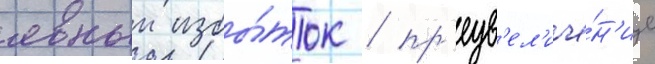
явныи избы́ток / пр'еув'ел'иче́н'ие